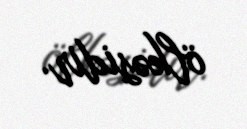
ölkəsidir.